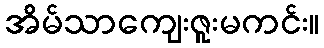
အိမ်သာကျေးဇူးမကင်း။